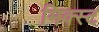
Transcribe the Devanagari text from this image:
मिक्स्ट